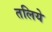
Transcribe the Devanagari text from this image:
तलिये